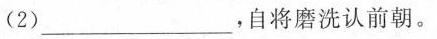
(2)___，自将磨洗认前朝。